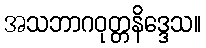
အသဘာဂဝုတ္တနိဒ္ဒေသ။